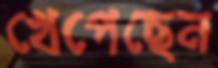
খেপেছেন